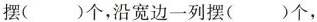
摆()个，沿宽边一列摆()个，